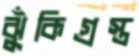
ঝুঁকিগ্রস্ত